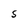
Character: S